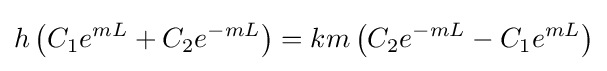
h\left(C_{1}e^{mL}+C_{2}e^{-mL}\right)=km\left(C_{2}e^{-mL}-C_{1}e^{mL}\right)